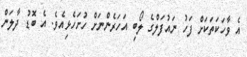
އެ ވާހަކަތަކަށް ފަހު ނައުފަލްގެ ލޯބި އަހަރެންނަށް ހުށަހެޅިއެވެ. އެ ބޮޑު ދާލަން